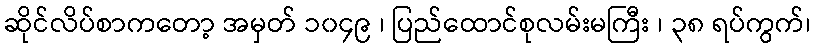
ဆိုင်လိပ်စာကတော့ အမှတ် ၁၀၄၉ ၊ ပြည်ထောင်စုလမ်းမကြီး ၊ ၃၈ ရပ်ကွက်၊